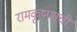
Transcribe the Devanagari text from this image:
रामकृष्णाची